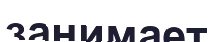
занимает